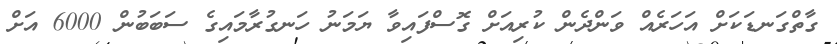
ގާތްގަނޑަކަށް އަހަރެއް ވަންދެން ކުރިއަށް ގޮސްފައިވާ ޔަމަނު ހަނގުރާމައިގެ ސަބަބުން 6000 އަށް